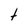
Character: t